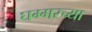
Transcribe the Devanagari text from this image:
घग्गरच्या